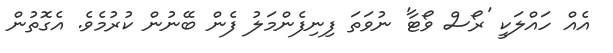
އެއް ހައްލަކީ 'ރޯސް ވޯޓާ' ނުވަތަ ފިނިފެންމަލު ފެން ބޭނުން ކުރުމެވެ. އެގޮތުން